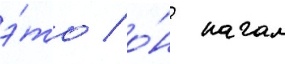
э́то / о́н начал